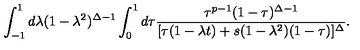
\int _ { - 1 } ^ { 1 } d \lambda ( 1 - \lambda ^ { 2 } ) ^ { \Delta - 1 } \int _ { 0 } ^ { 1 } d \tau \frac { \tau ^ { p - 1 } ( 1 - \tau ) ^ { \Delta - 1 } } { [ \tau ( 1 - \lambda t ) + s ( 1 - \lambda ^ { 2 } ) ( 1 - \tau ) ] ^ { \Delta } } .